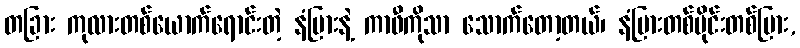
တခြား ကုလားတစ်ယောက်ရောင်းတဲ့ နံပြားနဲ့ ကာဖီကိုသာ သောက်တော့တယ်၊ နံပြားတစ်ပိုင်းတစ်ပြား,